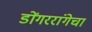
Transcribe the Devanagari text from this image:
डोंगररांगेचा